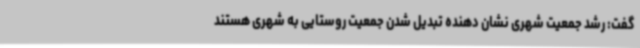
گفت: رشد جمعیت شهری نشان دهنده تبدیل شدن جمعیت روستایی به شهری هستند